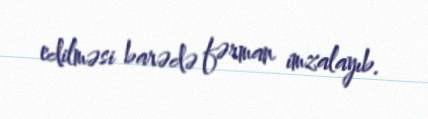
edilməsi barədə fərman imzalayıb.